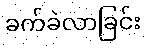
ခက်ခဲလာခြင်း